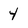
Character: 4